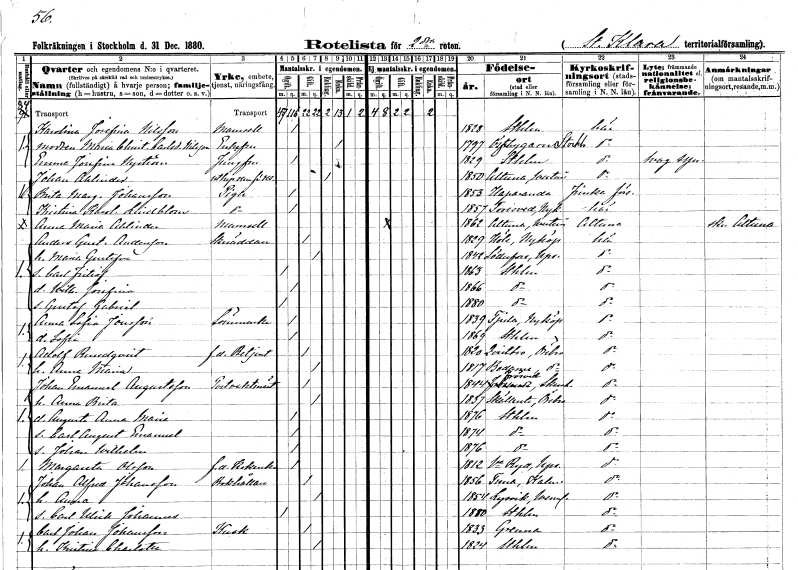
gt_parse: households: individuals: FN: Karolina Josefina
EN: Nilsson
KON: K
CIV: O
FODAR: 1828
FODFORS: Stockholm
FN: Maria Christina
EN: Carlsdotter Nilsson
KON: K
CIV: E
FODAR: 1797
FODFORS: Össeby-Garn Stockholms län
FN: Emma Josefina
EN: Nyström
YRKE: Jungfru
KON: K
CIV: O
FODAR: 1829
FODFORS: Stockholm
FN: Johan
EN: Ahlinder
YRKE: Rumsuthyrare
KON: M
CIV: E
FODAR: 1850
FODFORS: Altuna Uppsala län
FN: Brita Margareta
EN: Johansson
YRKE: Piga
KON: K
CIV: O
FODAR: 1853
FODFORS: Haparanda Norrbottens län
FN: Kristina Karolina
EN: Lindblom
YRKE: Piga
KON: K
CIV: O
FODAR: 1857
FODFORS: Toresund Södermanlands län
FN: Anna Maria
EN: Ahlinder
KON: K
CIV: O
FODAR: 1862
FODFORS: Altuna Uppsala län
FN: Anders Gustaf
EN: Andersson
YRKE: Skräddare
KON: M
CIV: G
FODAR: 1829
FODFORS: Hölö Stockholms län
FN: Maria Gustafva
KON: K
CIV: G
FODAR: 1842
FODFORS: Söderfors Uppsala län
FN: Carl Fritiof
KON: M
CIV: O
FODAR: 1863
FODFORS: Stockholm
FN: Wilhelmina Josefina
KON: K
CIV: O
FODAR: 1866
FODFORS: Stockholm
FN: Gustaf Gabriel
KON: M
CIV: O
FODAR: 1880
FODFORS: Stockholm
FN: Anna Sofia
EN: Jonsson
YRKE: Sömmerska
KON: K
CIV: O
FODAR: 1839
FODFORS: Kjula Södermanlands län
FN: Sofia
KON: K
CIV: O
FODAR: 1869
FODFORS: Stockholm
FN: Adolf
EN: Rundqvist
YRKE: Betjänt f.d.
KON: M
CIV: G
FODAR: 1820
FODFORS: Kvistbro Örebro län
FN: Anna Maria
KON: K
CIV: G
FODAR: 1817
FODFORS: Bodarne Örebro län
FN: Johan Emanuel
EN: Augustsson
YRKE: Postvaktmästare
KON: M
CIV: G
FODAR: 1844
FODFORS: Frösve Skaraborgs län
FN: Anna Brita
KON: K
CIV: G
FODAR: 1837
FODFORS: Sköllersta Örebro län
FN: Augusta Anna Maria
KON: K
CIV: O
FODAR: 1876
FODFORS: Stockholm
FN: Carl August Emanuel
KON: M
CIV: O
FODAR: 1874
FODFORS: Stockholm
FN: Johan Wilhelm
KON: M
CIV: O
FODAR: 1876
FODFORS: Stockholm
FN: Margareta
EN: Olsson
YRKE: Kokerska f.d.
KON: K
CIV: O
FODAR: 1812
FODFORS: Västra Ryd Stockholms län
FN: Johan Alfred
EN: Johansson
YRKE: Bokhållare
KON: M
CIV: G
FODAR: 1856
FODFORS: Tuna Kalmar län
FN: Anna
KON: K
CIV: G
FODAR: 1854
FODFORS: Lysvik Värmlands län
FN: Carl Ulrik Johannes
KON: M
CIV: O
FODAR: 1880
FODFORS: Stockholm
FN: Carl Johan
EN: Johansson
YRKE: Kusk
KON: M
CIV: G
FODAR: 1833
FODFORS: Gränna Jönköpings län
FN: Kristina Charlotta
KON: K
CIV: G
FODAR: 1824
FODFORS: Stockholm